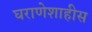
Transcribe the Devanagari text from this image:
घराणेशाहीस